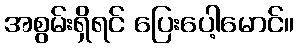
အစွမ်းရှိရင် ပြေးပေါ့မောင်။